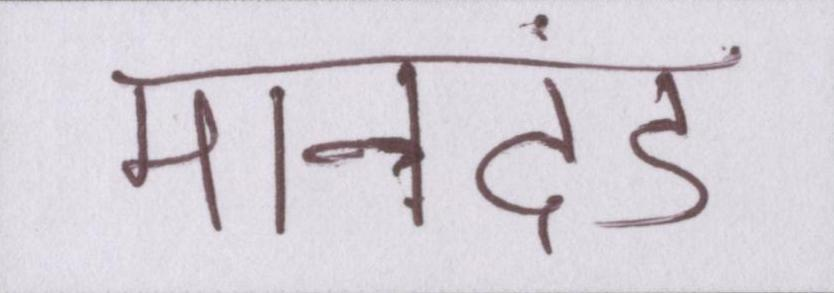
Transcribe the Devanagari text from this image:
मानदंड